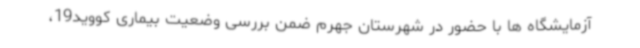
آزمایشگاه ها با حضور در شهرستان جهرم ضمن بررسی وضعیت بیماری کووید19،